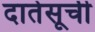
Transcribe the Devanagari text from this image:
दातेसूची